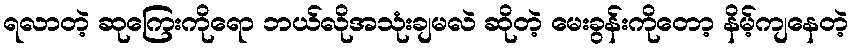
ရလာတဲ့ ဆုကြေးကိုရော ဘယ်လိုအသုံးချမလဲ ဆိုတဲ့ မေးခွန်းကိုတော့ နိမ့်ကျနေတဲ့